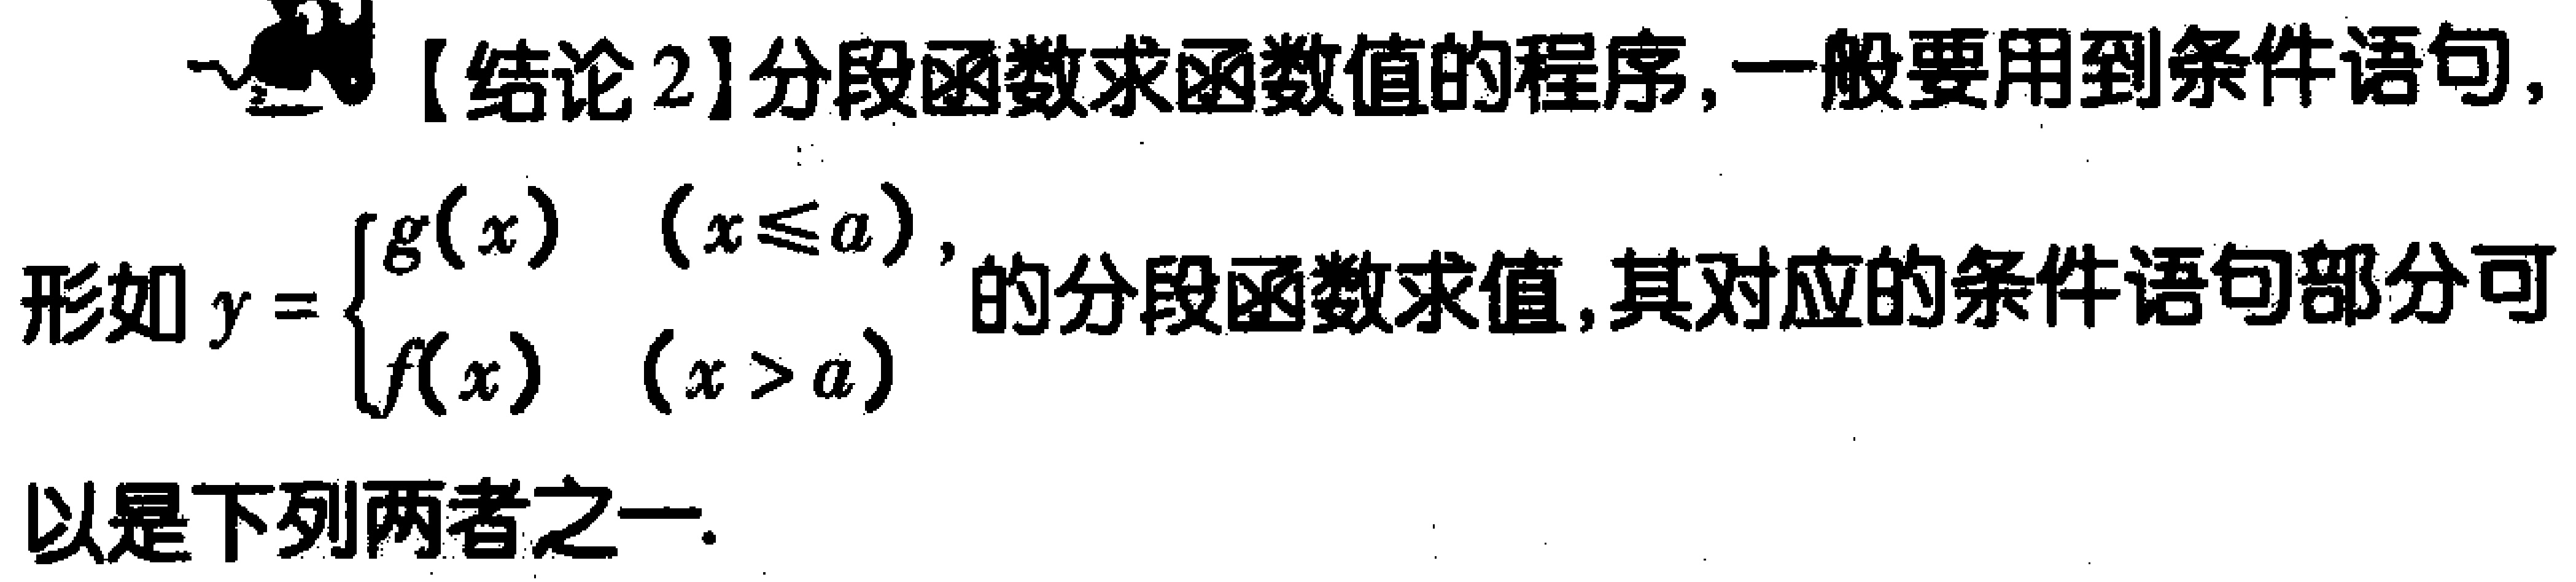
【结论2】分段函数求函数值的程序,一般要用到条件语句,
形如\(y = \begin{cases}
g(x) & (x\leq a)\\
f(x) & (x > a)
\end{cases}\)的分段函数求值,其对应的条件语句部分可以是下列两者之一.